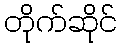
တိုက်ဆိုင်